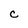
Character: C